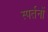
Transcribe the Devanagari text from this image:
स्पर्तनों